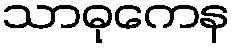
သာဓုကေန